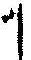
1